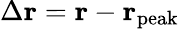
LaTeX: \Delta{\mathbf r}={\mathbf r}-{\mathbf r}_{\mathrm{peak}}